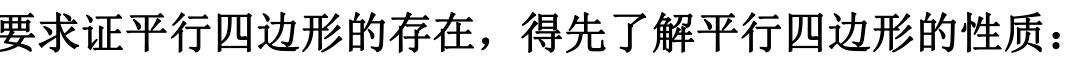
要求证平行四边形的存在，得先了解平行四边形的性质：